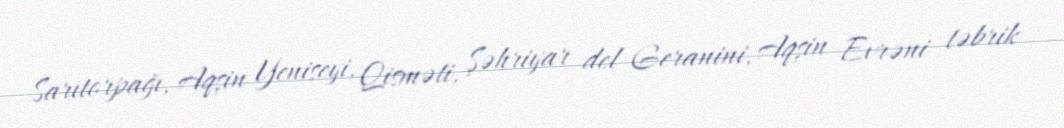
Sarıtorpağı, Aqşin Yeniseyi, Qisməti, Şəhriyar del Geranini, Aqşin Evrəni təbrik